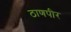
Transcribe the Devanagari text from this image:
ठाणपीर